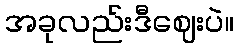
အခုလည်းဒီဈေးပဲ။